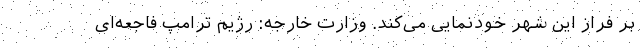
بر فراز این شهر خودنمایی می‌کند. وزارت خارجه: رژیم ترامپ فاجعه‌ای